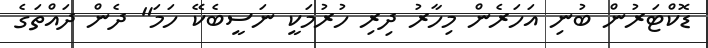
ޑޮކްޓަރުން ބުނި އަހަރެން މިހާރު ދިރި ހުރުމަކީ ނަސީބެކޭ ހަމަ" ދެން ދައްތަގެ